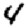
Digit: 4